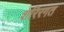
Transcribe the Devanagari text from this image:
शरिरगत